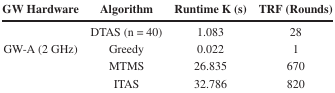
| GW Hardware | Algorithm | Runtime K (s) | TRF (Rounds) |
 | --- | --- | --- | --- |
 | <ROWSPAN=4> GW-A (2 GHz) | DTAS (n = 40) | 1.083 | 28 |
 | Greedy | 0.022 | 1 |
 | MTMS | 26.835 | 670 |
 | ITAS | 32.786 | 820 |